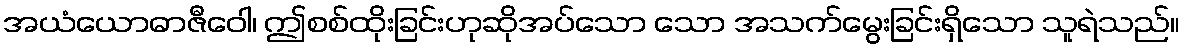
အယံယောဓာဇီဝေါ၊ ဤစစ်ထိုးခြင်းဟုဆိုအပ်သော သော အသက်မွေးခြင်းရှိသော သူရဲသည်။